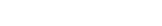
٦